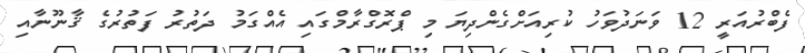
ފެބްރުއަރީ 12 ވަނަދުވަހު ކުރިއަށްގެންދިޔަ މި ޕްރޮގްރާމްގައި އެއްގަމު ދަތުރު ފަތުރުގެ ޤާނޫނާއި